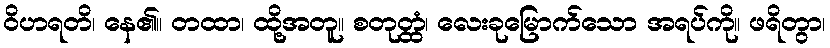
ဝိဟရတိ၊ နေ၏။ တထာ၊ ထို့အတူ။ စတုတ္ထံ၊ လေးခုမြောက်သော အရပ်ကို။ ဖရိတွာ၊